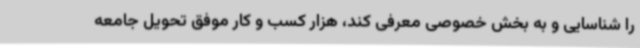
را شناسایی و به بخش خصوصی معرفی کند، هزار کسب و کار موفق تحویل جامعه